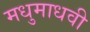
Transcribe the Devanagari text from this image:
मधुमाधवी